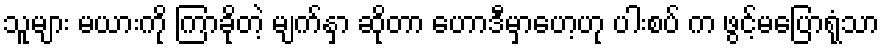
သူများ မယားကို ကြာခိုတဲ့ မျက်နှာ ဆိုတာ ဟောဒီမှာဟေ့ဟု ပါးစပ် က ဖွင့်မပြောရုံသာ